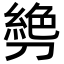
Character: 㔃